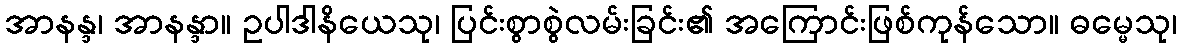
အာနန္ဒ၊ အာနန္ဒာ။ ဥပါဒါနိယေသု၊ ပြင်းစွာစွဲလမ်းခြင်း၏ အကြောင်းဖြစ်ကုန်သော။ ဓမ္မေသု၊